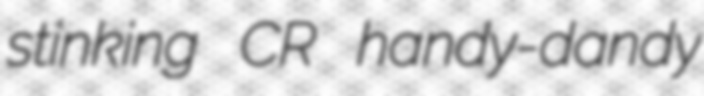
stinking CR handy-dandy